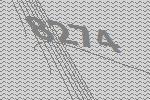
8274